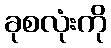
ခုစလုံးကို